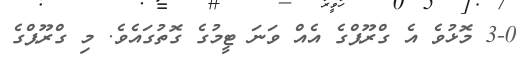
3-0 މޮޅުވެ އެ ގްރޫޕްގެ އެއް ވަނަ ޓީމުގެ ގޮތުގައެވެ. މި ގްރޫޕްގެ